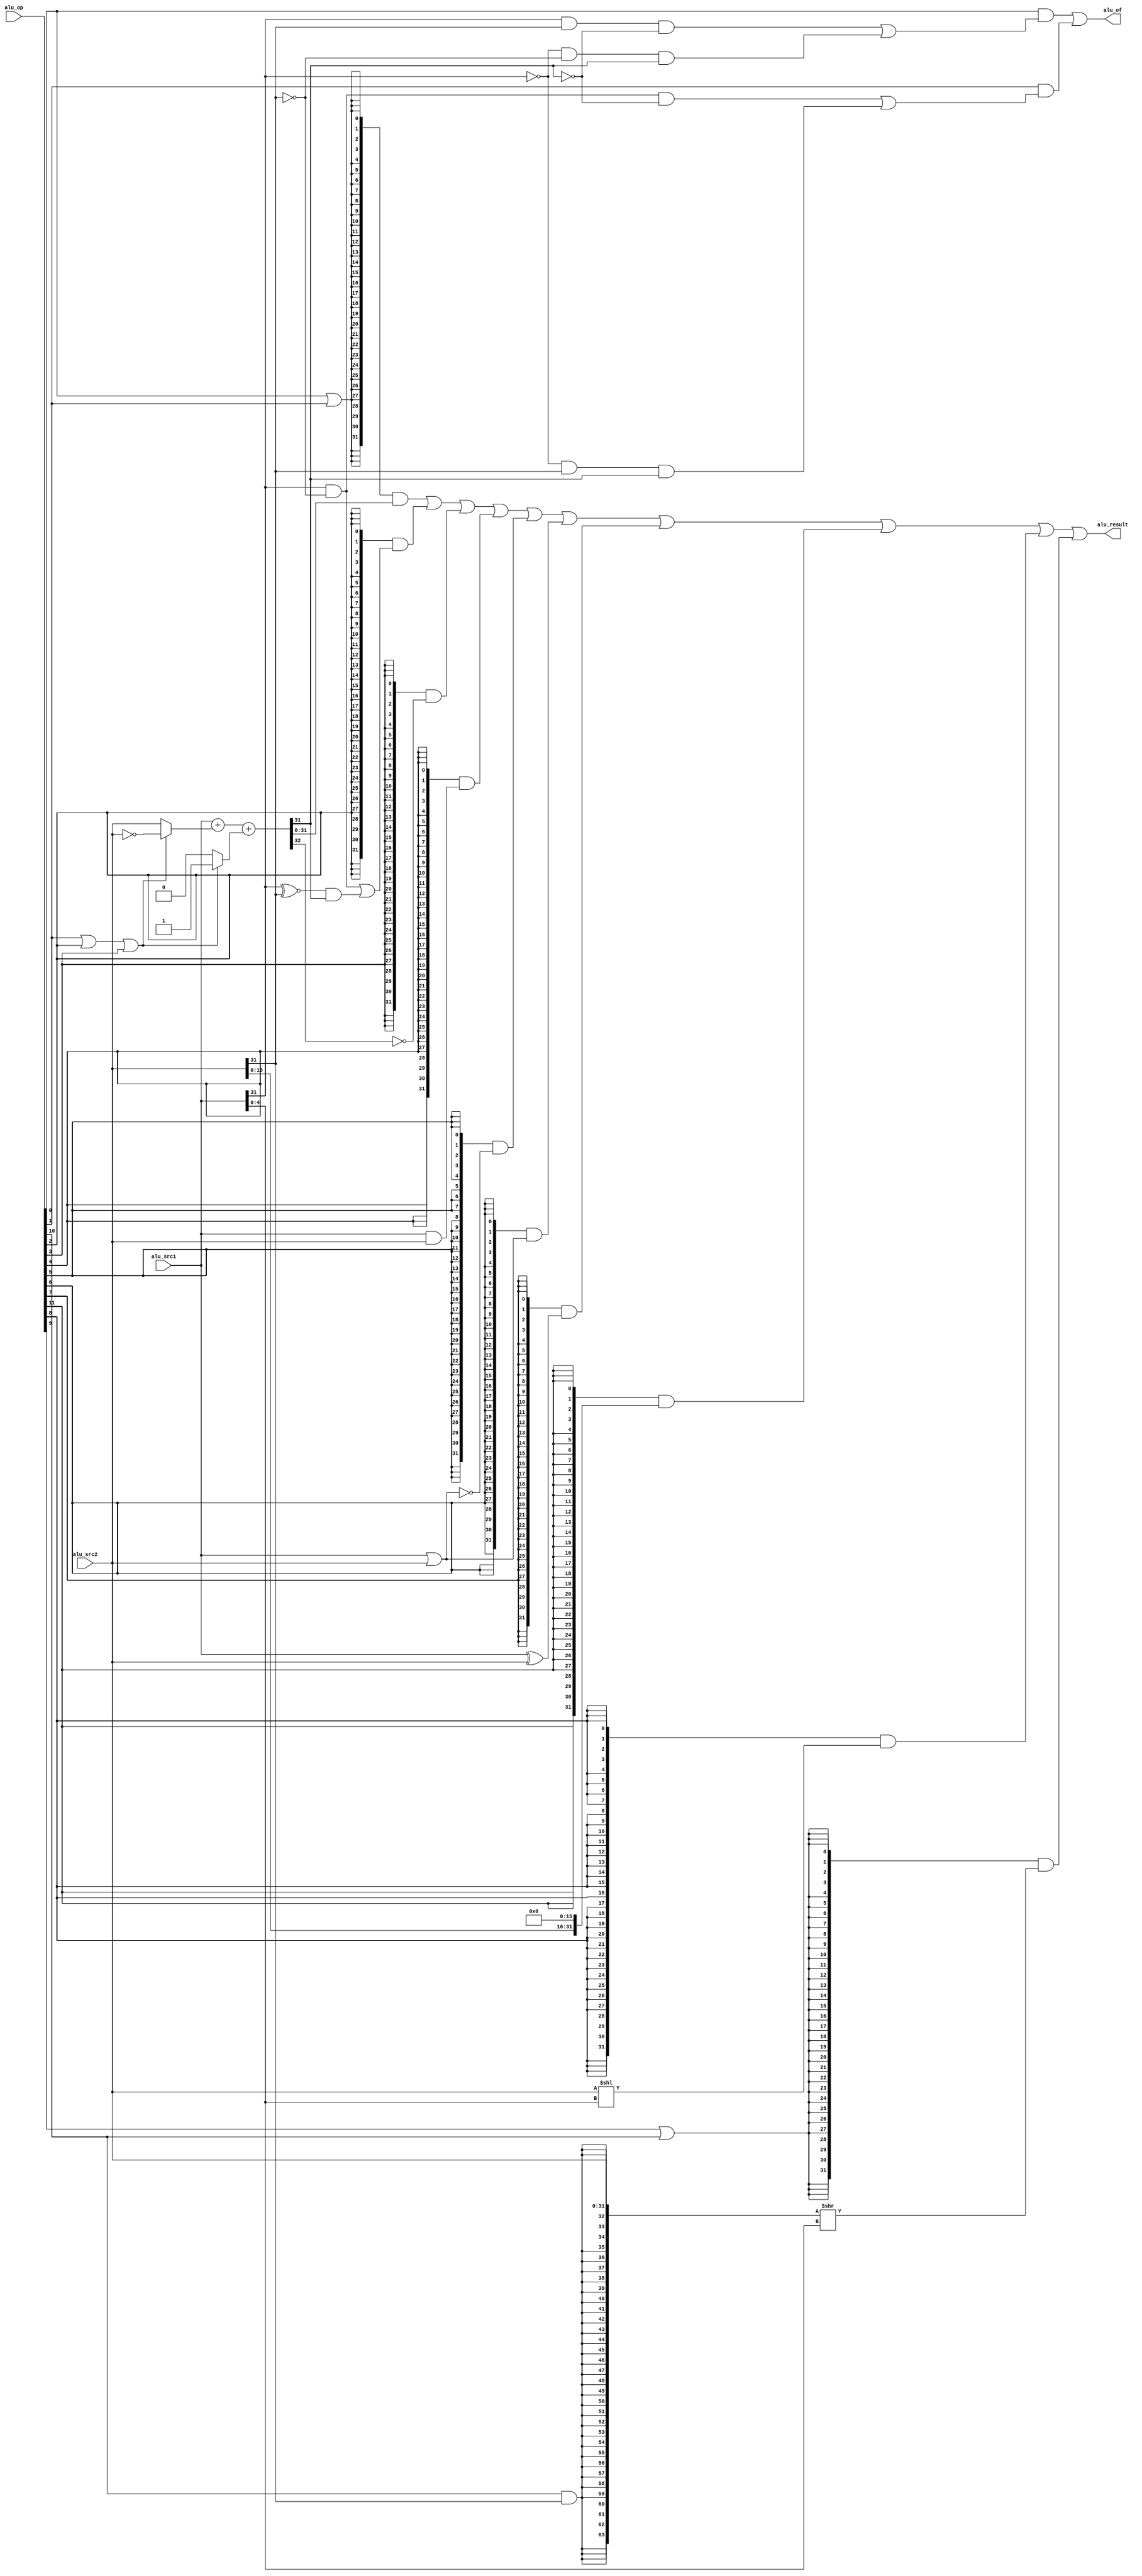
module alu(
  input  [11:0] alu_op,
  input  [31:0] alu_src1,
  input  [31:0] alu_src2,
  output [31:0] alu_result,
  output        alu_of //overflow
);

wire op_add;   // ADD
wire op_sub;   // SUB
wire op_slt;   // SLT : Set on Less Than
wire op_sltu;  // SLTU: Set on Less Than Unsigned
wire op_and;   // AND
wire op_nor;   // NOR
wire op_or;    // OR
wire op_xor;   // XOR
wire op_sll;   // SLL : Shift Word Left  Logical
wire op_srl;   // SRL : Shift Word Right Logical
wire op_sra;   // SRA : Shift Word Right Arithmetical
wire op_lui;   // LUI : Load Upper Immediate

// control code decomposition
assign op_add   = alu_op[ 0];
assign op_sub   = alu_op[ 1];
assign op_slt   = alu_op[ 2];
assign op_sltu  = alu_op[ 3];
assign op_and   = alu_op[ 4];
assign op_nor   = alu_op[ 5];
assign op_or    = alu_op[ 6];
assign op_xor   = alu_op[ 7];
assign op_sll   = alu_op[ 8];
assign op_srl   = alu_op[ 9];
assign op_sra   = alu_op[10];
assign op_lui   = alu_op[11];

wire [31:0] add_sub_result;
wire [31:0] slt_result;
wire [31:0] sltu_result;
wire [31:0] and_result;
wire [31:0] nor_result;
wire [31:0] or_result;
wire [31:0] xor_result;
wire [31:0] lui_result;
wire [31:0] sll_result;
wire [63:0] sr64_result;
wire [31:0] sr_result;

// 32-bit adder
wire [31:0] adder_a;
wire [31:0] adder_b;
wire        adder_cin;
wire [31:0] adder_result;
wire        adder_cout;

assign adder_a   = alu_src1;
assign adder_b   = (op_sub | op_slt | op_sltu) ? ~alu_src2 :
                                                  alu_src2 ;
assign adder_cin = (op_sub | op_slt | op_sltu) ? 1'b1      :
                                                 1'b0      ;
assign {adder_cout, adder_result} = adder_a + adder_b + adder_cin;

// ADD, SUB result
assign add_sub_result = adder_result;

// SLT result
assign slt_result[31:1] = 31'b0;
assign slt_result[0]    = (alu_src1[31] & ~alu_src2[31])
                        | ((alu_src1[31] ~^ alu_src2[31]) & adder_result[31]);

// SLTU result
assign sltu_result[31:1] = 31'b0;
assign sltu_result[0]    = ~adder_cout;

// bitwise operation
assign and_result = alu_src1 & alu_src2;
assign or_result  = alu_src1 | alu_src2;
assign nor_result = ~or_result;
assign xor_result = alu_src1 ^ alu_src2;
assign lui_result = {alu_src2[15:0], 16'b0};

// SLL result
assign sll_result = alu_src2 << alu_src1[4:0];

// SRL, SRA result
assign sr64_result = {{32{op_sra & alu_src2[31]}}, alu_src2[31:0]} >> alu_src1[4:0];

assign sr_result   = sr64_result[31:0];

// final result mux
assign alu_result = ({32{op_add|op_sub}} & add_sub_result)
                  | ({32{op_slt       }} & slt_result    )
                  | ({32{op_sltu      }} & sltu_result   )
                  | ({32{op_and       }} & and_result    )
                  | ({32{op_nor       }} & nor_result    )
                  | ({32{op_or        }} & or_result     )
                  | ({32{op_xor       }} & xor_result    )
                  | ({32{op_lui       }} & lui_result    )
                  | ({32{op_sll       }} & sll_result    )
                  | ({32{op_srl|op_sra}} & sr_result     );

//lab9
assign alu_of = op_add & ( alu_src1[31] &  alu_src2[31] & ~add_sub_result[31]
                         |~alu_src1[31] & ~alu_src2[31] &  add_sub_result[31])
              | op_sub & ( alu_src1[31] & ~alu_src2[31] & ~add_sub_result[31]
                         |~alu_src1[31] &  alu_src2[31] &  add_sub_result[31]);

endmodule